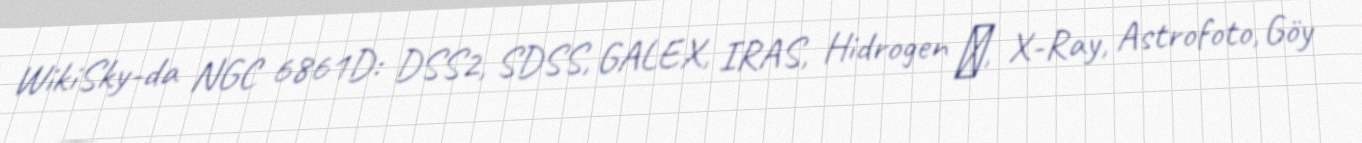
WikiSky-da NGC 6861D: DSS2, SDSS, GALEX, IRAS, Hidrogen α, X-Ray, Astrofoto, Göy